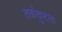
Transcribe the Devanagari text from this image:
तर्कदुष्टता